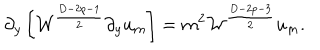
\partial _ { y } \left[ { \cal W } ^ { \frac { D - 2 p - 1 } { 2 } } \partial _ { y } u _ { m } \right] = m ^ { 2 } { \cal W } ^ { \frac { D - 2 p - 3 } { 2 } } u _ { m } .